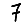
Digit: 7